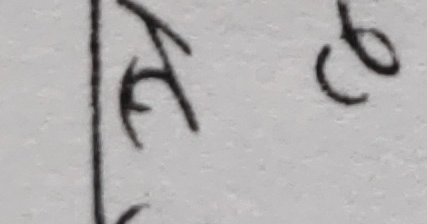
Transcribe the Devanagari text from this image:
ऐढ